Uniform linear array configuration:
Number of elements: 16
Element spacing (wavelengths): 0.5
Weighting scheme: hamming
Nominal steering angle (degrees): -30
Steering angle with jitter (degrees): -31.018
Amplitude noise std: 0.05
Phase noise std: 0.05

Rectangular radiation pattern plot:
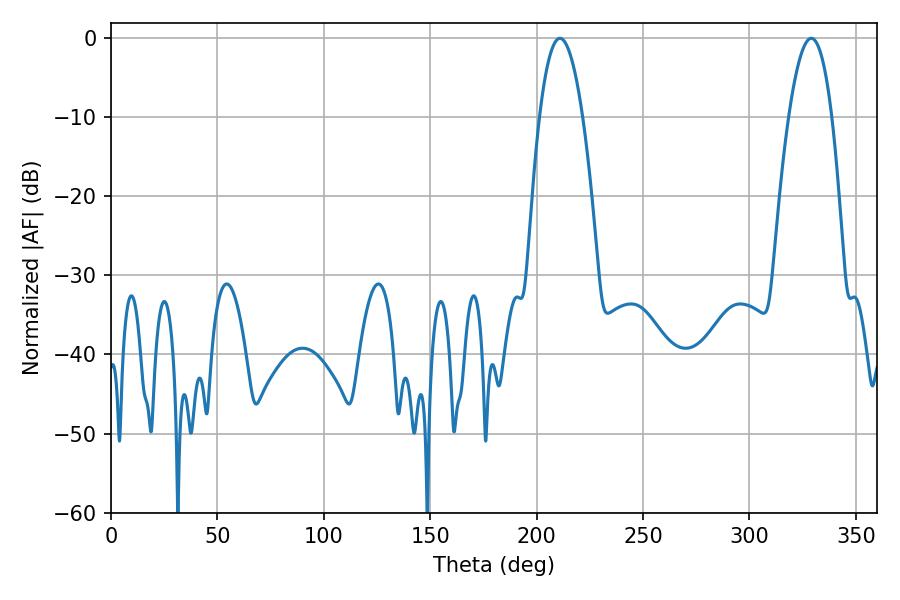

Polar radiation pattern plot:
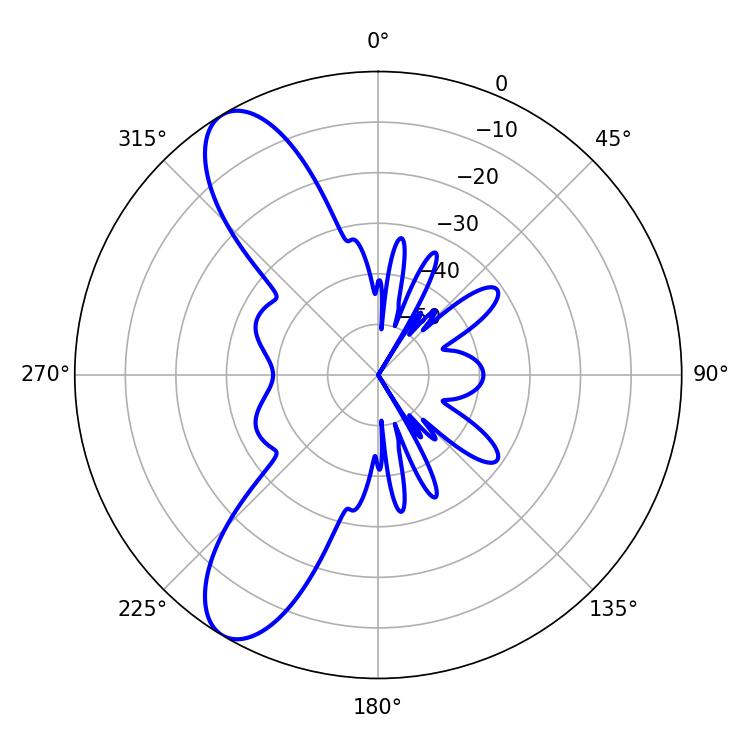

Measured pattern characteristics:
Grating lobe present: FALSE
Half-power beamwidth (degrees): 11.16
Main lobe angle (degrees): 210.96